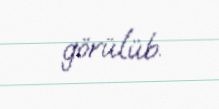
görülüb.